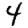
Digit: 4